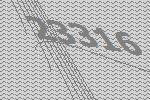
23316